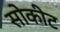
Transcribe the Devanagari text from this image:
सोकीट